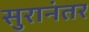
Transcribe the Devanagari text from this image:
सुरानंतर